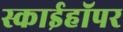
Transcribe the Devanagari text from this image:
स्काईहॉपर